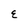
Character: E